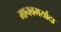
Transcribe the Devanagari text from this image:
मानवमर्यादा